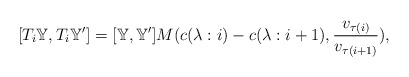
\begin{align*}[T_i\mathbb{Y},T_i\mathbb{Y}']=[\mathbb{Y},\mathbb{Y}'] M(c(\lambda: i)-c(\lambda: i+1),\dfrac{v_{\tau(i)}}{v_{\tau(i+1)}}),\end{align*}